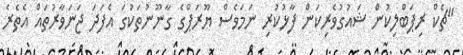
"ޗެކް ރިޕަބްލިކުން ޝައުގުވެރިކަން ފާޅުކުރި ނަމަވެސް ޔޫރަޕްގެ ގާނޫނުތަކުގަ އެފަދަ ޖަނަވާރުތައް އެތެރެ